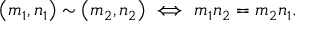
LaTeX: \left( m _ { 1 } , n _ { 1 } \right) \sim \left( m _ { 2 } , n _ { 2 } \right) \iff m _ { 1 } n _ { 2 } = m _ { 2 } n _ { 1 } .